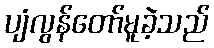
ပျံလွန်တော်မူခဲ့သည်